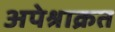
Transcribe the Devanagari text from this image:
अपेश्राक्रत